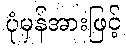
ပုံမှန်အားဖြင့်